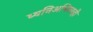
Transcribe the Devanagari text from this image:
ध्वनिअभिनयही